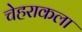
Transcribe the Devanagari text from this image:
चेहराकला